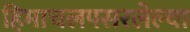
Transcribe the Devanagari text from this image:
हिमाचलपसरलेल्या